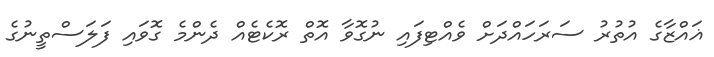
ޣައްޒާގެ އުތުރު ސަރަހައްދަށް ވެއްޓިފައި ނުގޮވާ އޮތް ރޮކެޓެއް ދެންމެ ގޮވައި ފަލަސްތީނުގެ